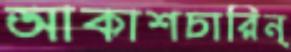
আকাশচারিন্